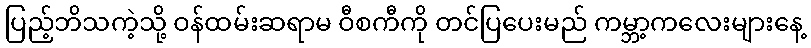
ပြည့်ဘိသကဲ့သို့ ဝန်ထမ်းဆရာမ ဝီစကီကို တင်ပြပေးမည် ကမ္ဘာ့ကလေးများနေ့